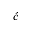
\acute { c }